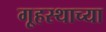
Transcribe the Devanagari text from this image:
गृ्हस्थाच्या